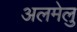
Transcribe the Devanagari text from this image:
अलमेलु